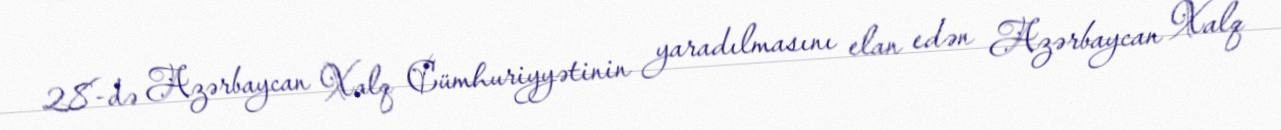
28-də Azərbaycan Xalq Cümhuriyyətinin yaradılmasını elan edən Azərbaycan Xalq